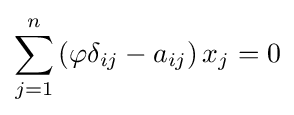
\sum _{j=1}^{n}\left(\varphi \delta _{ij}-a_{ij}\right)x_{j}=0